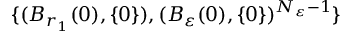
\{ ( B _ { r _ { 1 } } ( 0 ) , \{ 0 \} ) , ( B _ { \varepsilon } ( 0 ) , \{ 0 \} ) ^ { N _ { \varepsilon } - 1 } \}